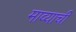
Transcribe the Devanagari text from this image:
माव्याची